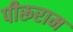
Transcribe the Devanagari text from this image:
पीरूराम